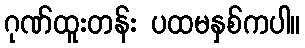
ဂုဏ်ထူးတန်း ပထမနှစ်ကပါ။